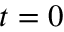
t = 0